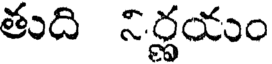
తుది నిర్ణయం